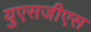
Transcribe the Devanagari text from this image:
युएसजीएस